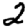
Digit: 2